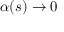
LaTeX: \alpha ( s ) \to 0